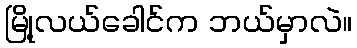
မြို့လယ်ခေါင်က ဘယ်မှာလဲ။